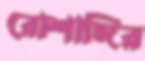
রোশাঙ্গির